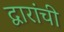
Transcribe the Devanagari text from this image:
द्वारांची